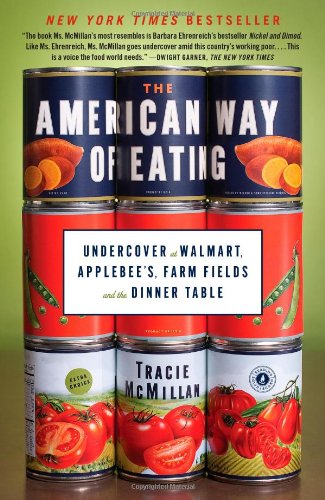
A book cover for The American Way of Eating: Undercover at Walmart, Applebee's, Farm Fields and the Dinner Table; Tracie McMillan; Cookbooks, Food & Wine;